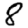
Digit: 8